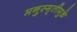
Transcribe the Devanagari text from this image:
मनुस्मृतीमुळे